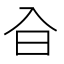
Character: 㒲